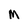
Character: M